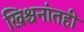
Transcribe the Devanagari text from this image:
ख्रिश्चनांतही